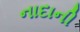
નાદાની